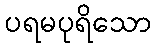
ပရမပုရိသော